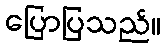
ပြောပြသည်။